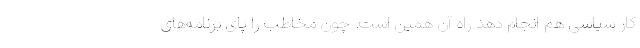
کار سیاسی هم انجام دهد راه آن همین است. چون مخاطب را پای برنامه‌های